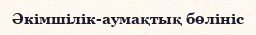
Әкімшілік-аумақтық бөлініс